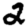
Digit: 2